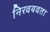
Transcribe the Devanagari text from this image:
निरवयवता